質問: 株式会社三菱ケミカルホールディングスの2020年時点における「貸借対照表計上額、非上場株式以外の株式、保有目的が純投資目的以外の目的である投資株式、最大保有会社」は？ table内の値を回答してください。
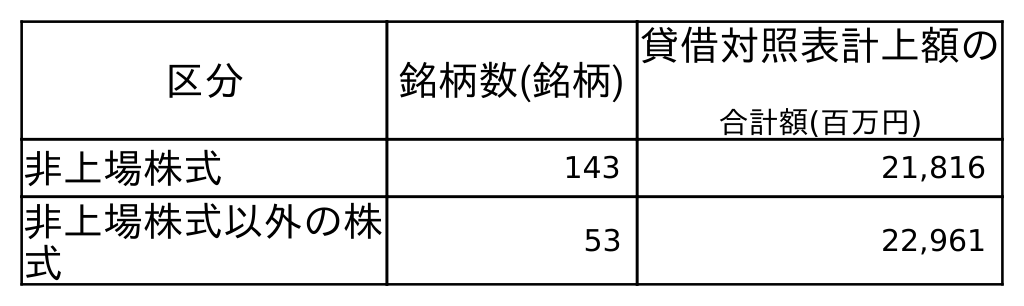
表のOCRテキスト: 区分 銘柄数(銘柄) 貸借対照表計上額の 合計額(百万円) 非上場株式 143 21,816 非上場株式以外の株 式 53 22,961
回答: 22,961